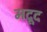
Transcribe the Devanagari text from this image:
मदूद